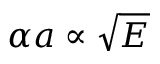
\alpha a \propto { \sqrt { E } }